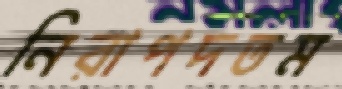
নিরাপদতম